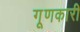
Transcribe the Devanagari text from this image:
गूणकारी